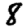
Digit: 8